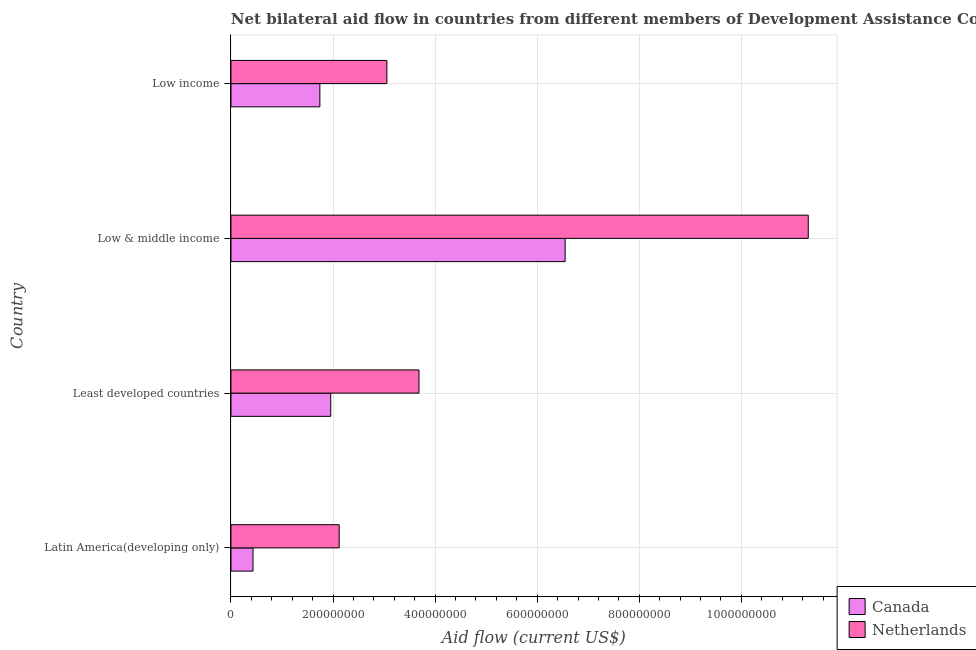
| Country | Canada | Netherlands |
 | --- | --- | --- |
 | Latin America(developing only) | 4.32e+07 | 2.12e+08 |
 | Least developed countries | 1.95e+08 | 3.68e+08 |
 | Low & middle income | 6.55e+08 | 1.13e+09 |
 | Low income | 1.74e+08 | 3.05e+08 |